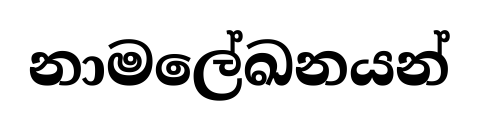
නාමලේඛනයන්